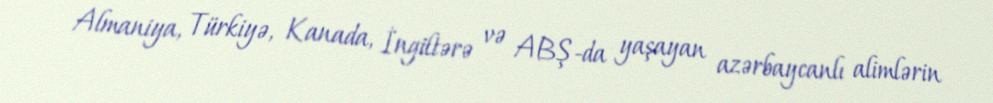
Almaniya, Türkiyə, Kanada, İngiltərə və ABŞ-da yaşayan azərbaycanlı alimlərin